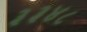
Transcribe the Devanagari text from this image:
३३४८